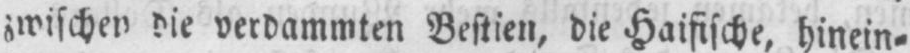
zwischen die verdammten Bestien, die Haifische, hinein⸗